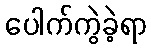
ပေါက်ကွဲခဲ့ရာ